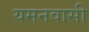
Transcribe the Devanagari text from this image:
यमनवासी